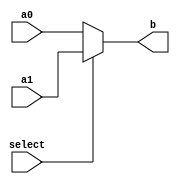
module mux8b(
    input select,
    input [7:0] a0,
    input [7:0] a1,
    output wire [7:0] b
    );
	assign b = (select) ? a1 : a0 ;
endmodule